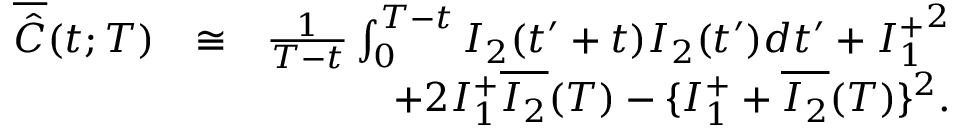
\begin{array} { r l r } { \overline { { \hat { C } } } ( t ; T ) } & { \cong } & { \frac { 1 } { T - t } \int _ { 0 } ^ { T - t } I _ { 2 } ( t ^ { \prime } + t ) I _ { 2 } ( t ^ { \prime } ) d t ^ { \prime } + { I _ { 1 } ^ { + } } ^ { 2 } } \\ & { } & { + 2 I _ { 1 } ^ { + } \overline { { I _ { 2 } } } ( T ) - \{ I _ { 1 } ^ { + } + \overline { { I _ { 2 } } } ( T ) \} ^ { 2 } . } \end{array}